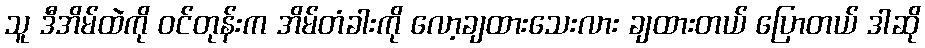
သူ ဒီအိမ်ထဲကို ဝင်တုန်းက အိမ်တံခါးကို လော့ချထားသေးလား ချထားတယ် ပြောတယ် ဒါဆို